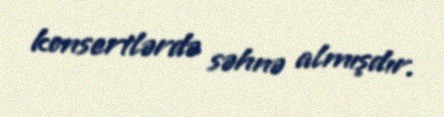
konsertlərdə səhnə almışdır.